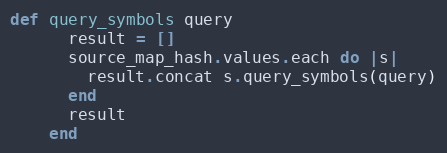
Language: Ruby
def query_symbols query
      result = []
      source_map_hash.values.each do |s|
        result.concat s.query_symbols(query)
      end
      result
    end